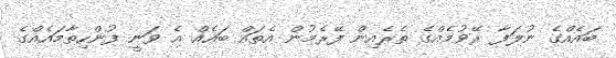
ބައެއްގެ ނުލަފާ ރޭވުމެއްގެ ތެރެއިން ފޭރެމުން އެތައް ބައެއް އެ ވަނީ ފުންހިތާމައެއްގެ